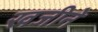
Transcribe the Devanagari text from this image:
खजीने